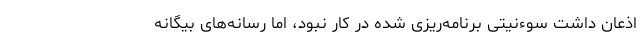
اذعان داشت سوءنیتی برنامه‌ریزی شده در کار نبود، اما رسانه‌های بیگانه